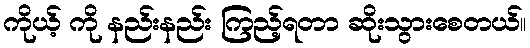
ကိုယ့် ကို နည်းနည်း ကြည့်ရတာ ဆိုးသွားစေတယ်။